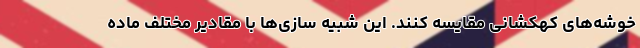
خوشه‌های کهکشانی مقایسه کنند. این شبیه سازی‌ها با مقادیر مختلف ماده